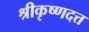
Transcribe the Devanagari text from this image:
श्रीकृष्णदत्त